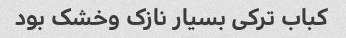
کباب ترکی بسیار نازک وخشک بود